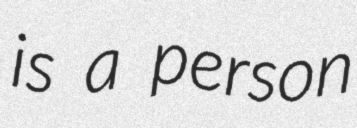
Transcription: is a person